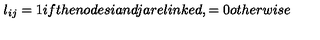
l _ { i j } = 1 i f t h e n o d e s i a n d j a r e l i n k e d , = 0 o t h e r w i s e